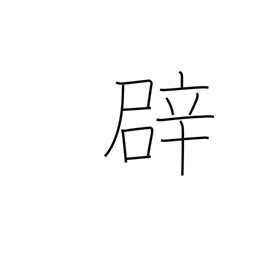
Meaning: false